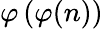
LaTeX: \varphi\left(\varphi(n)\right)